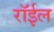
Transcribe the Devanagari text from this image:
रॉईल